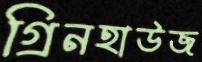
গ্রিনহাউজ